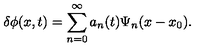
\delta \phi ( x , t ) = \sum _ { n = 0 } ^ { \infty } a _ { n } ( t ) \Psi _ { n } ( x - x _ { 0 } ) .